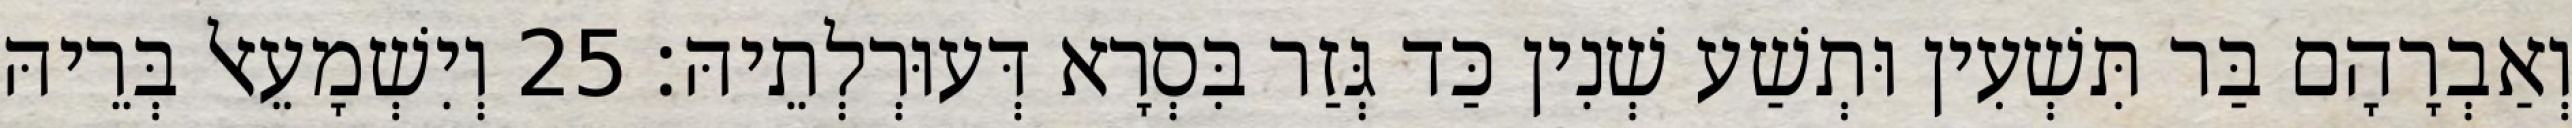
וְאַבְרָהָם בַּר תִּשְׁעִין וּתְשַׁע שְׁנִין כַּד גְּזַר בִּסְרָא דְּעוּרְלְתֵיהּ׃ 25 וְיִשְׁמָעֵאל בְּרֵיהּ